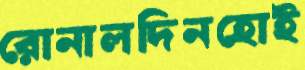
রোনালদিনহোই